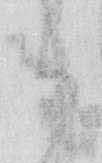
御